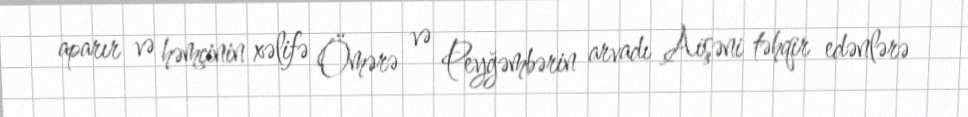
aparır və həmçinin xəlifə Ömərə və Peyğəmbərin arvadı Aişəni təhqir edənlərə